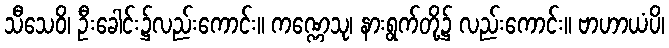
သီသေဝိ၊ ဦးခေါင်း၌လည်းကောင်း။ ကဏ္ဏေသု၊ နားရွက်တို့၌ လည်းကောင်း။ ဗာဟာယံပိ၊